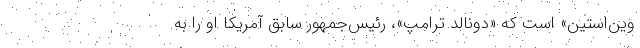
وِین‌استین» است که «دونالد ترامپ»، رئیس‌جمهور سابق آمریکا او را به